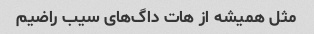
مثل همیشه از هات داگ‌های سیب راضیم